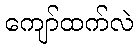
ကျော်ထက်လဲ